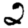
Digit: 2